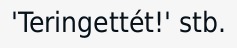
'Teringettét!' stb.